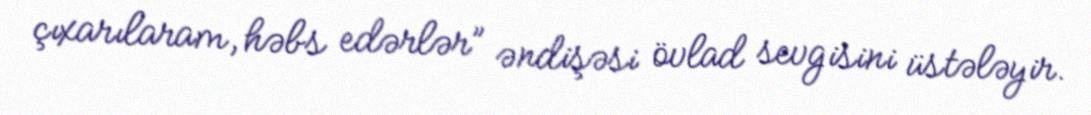
çıxarılaram, həbs edərlər” əndişəsi övlad sevgisini üstələyir.